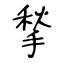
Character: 揫